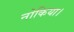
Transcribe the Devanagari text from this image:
नोकिया।